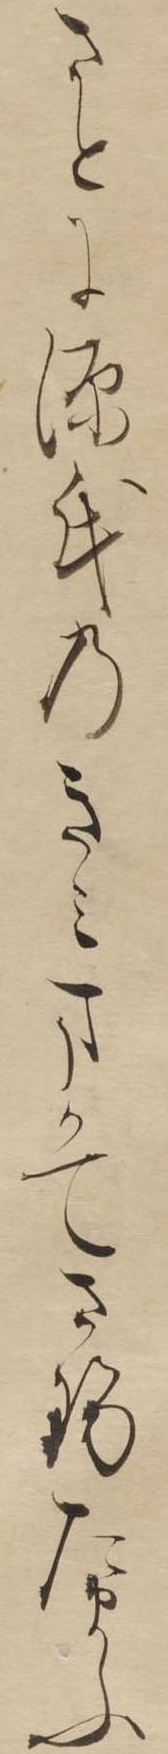
さとに源氏のきみまかてさせたまふ